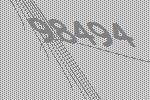
98494